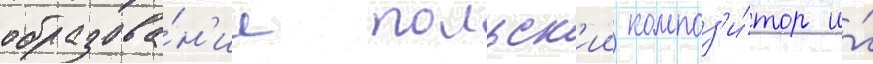
образова́н'ие польск'ии композ'и́тор и́